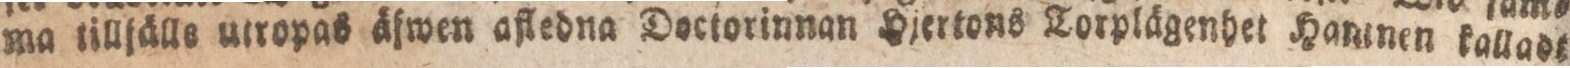
ma tillfälle utropas äfwen afledna Doctorinnan Hjertons Torplägenhet Hammen kalladt